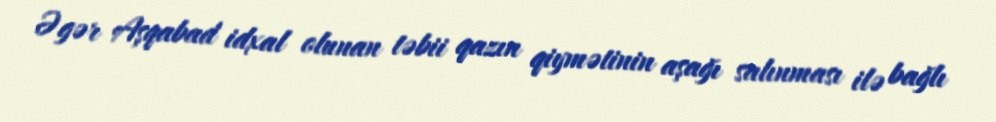
Əgər Aşqabad idxal olunan təbii qazın qiymətinin aşağı salınması ilə bağlı